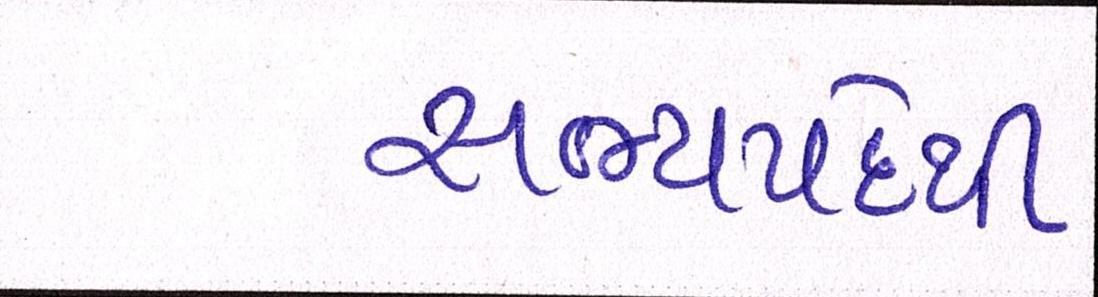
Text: સભ્યપદેથી